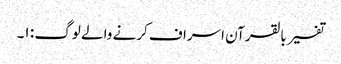
تفسیر بالقرآن اسراف کرنے والے لوگ : ١۔